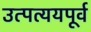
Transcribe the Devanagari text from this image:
उत्पत्ययपूर्व